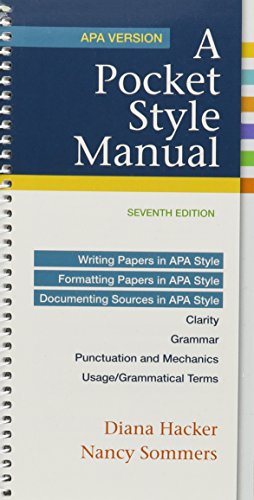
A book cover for A Pocket Style Manual, APA Version; Diana Hacker; Medical Books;